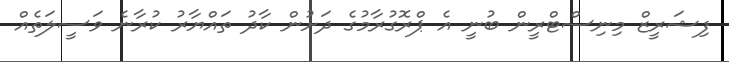
ފިޝަރީޒް މިނިސްޓްރީން ބުނީ އެ ޕްރޮގުރާމުގެ ދަށުން ކާދު ތައްޔާރު ކުރާނެ ވަސީލަތެއް